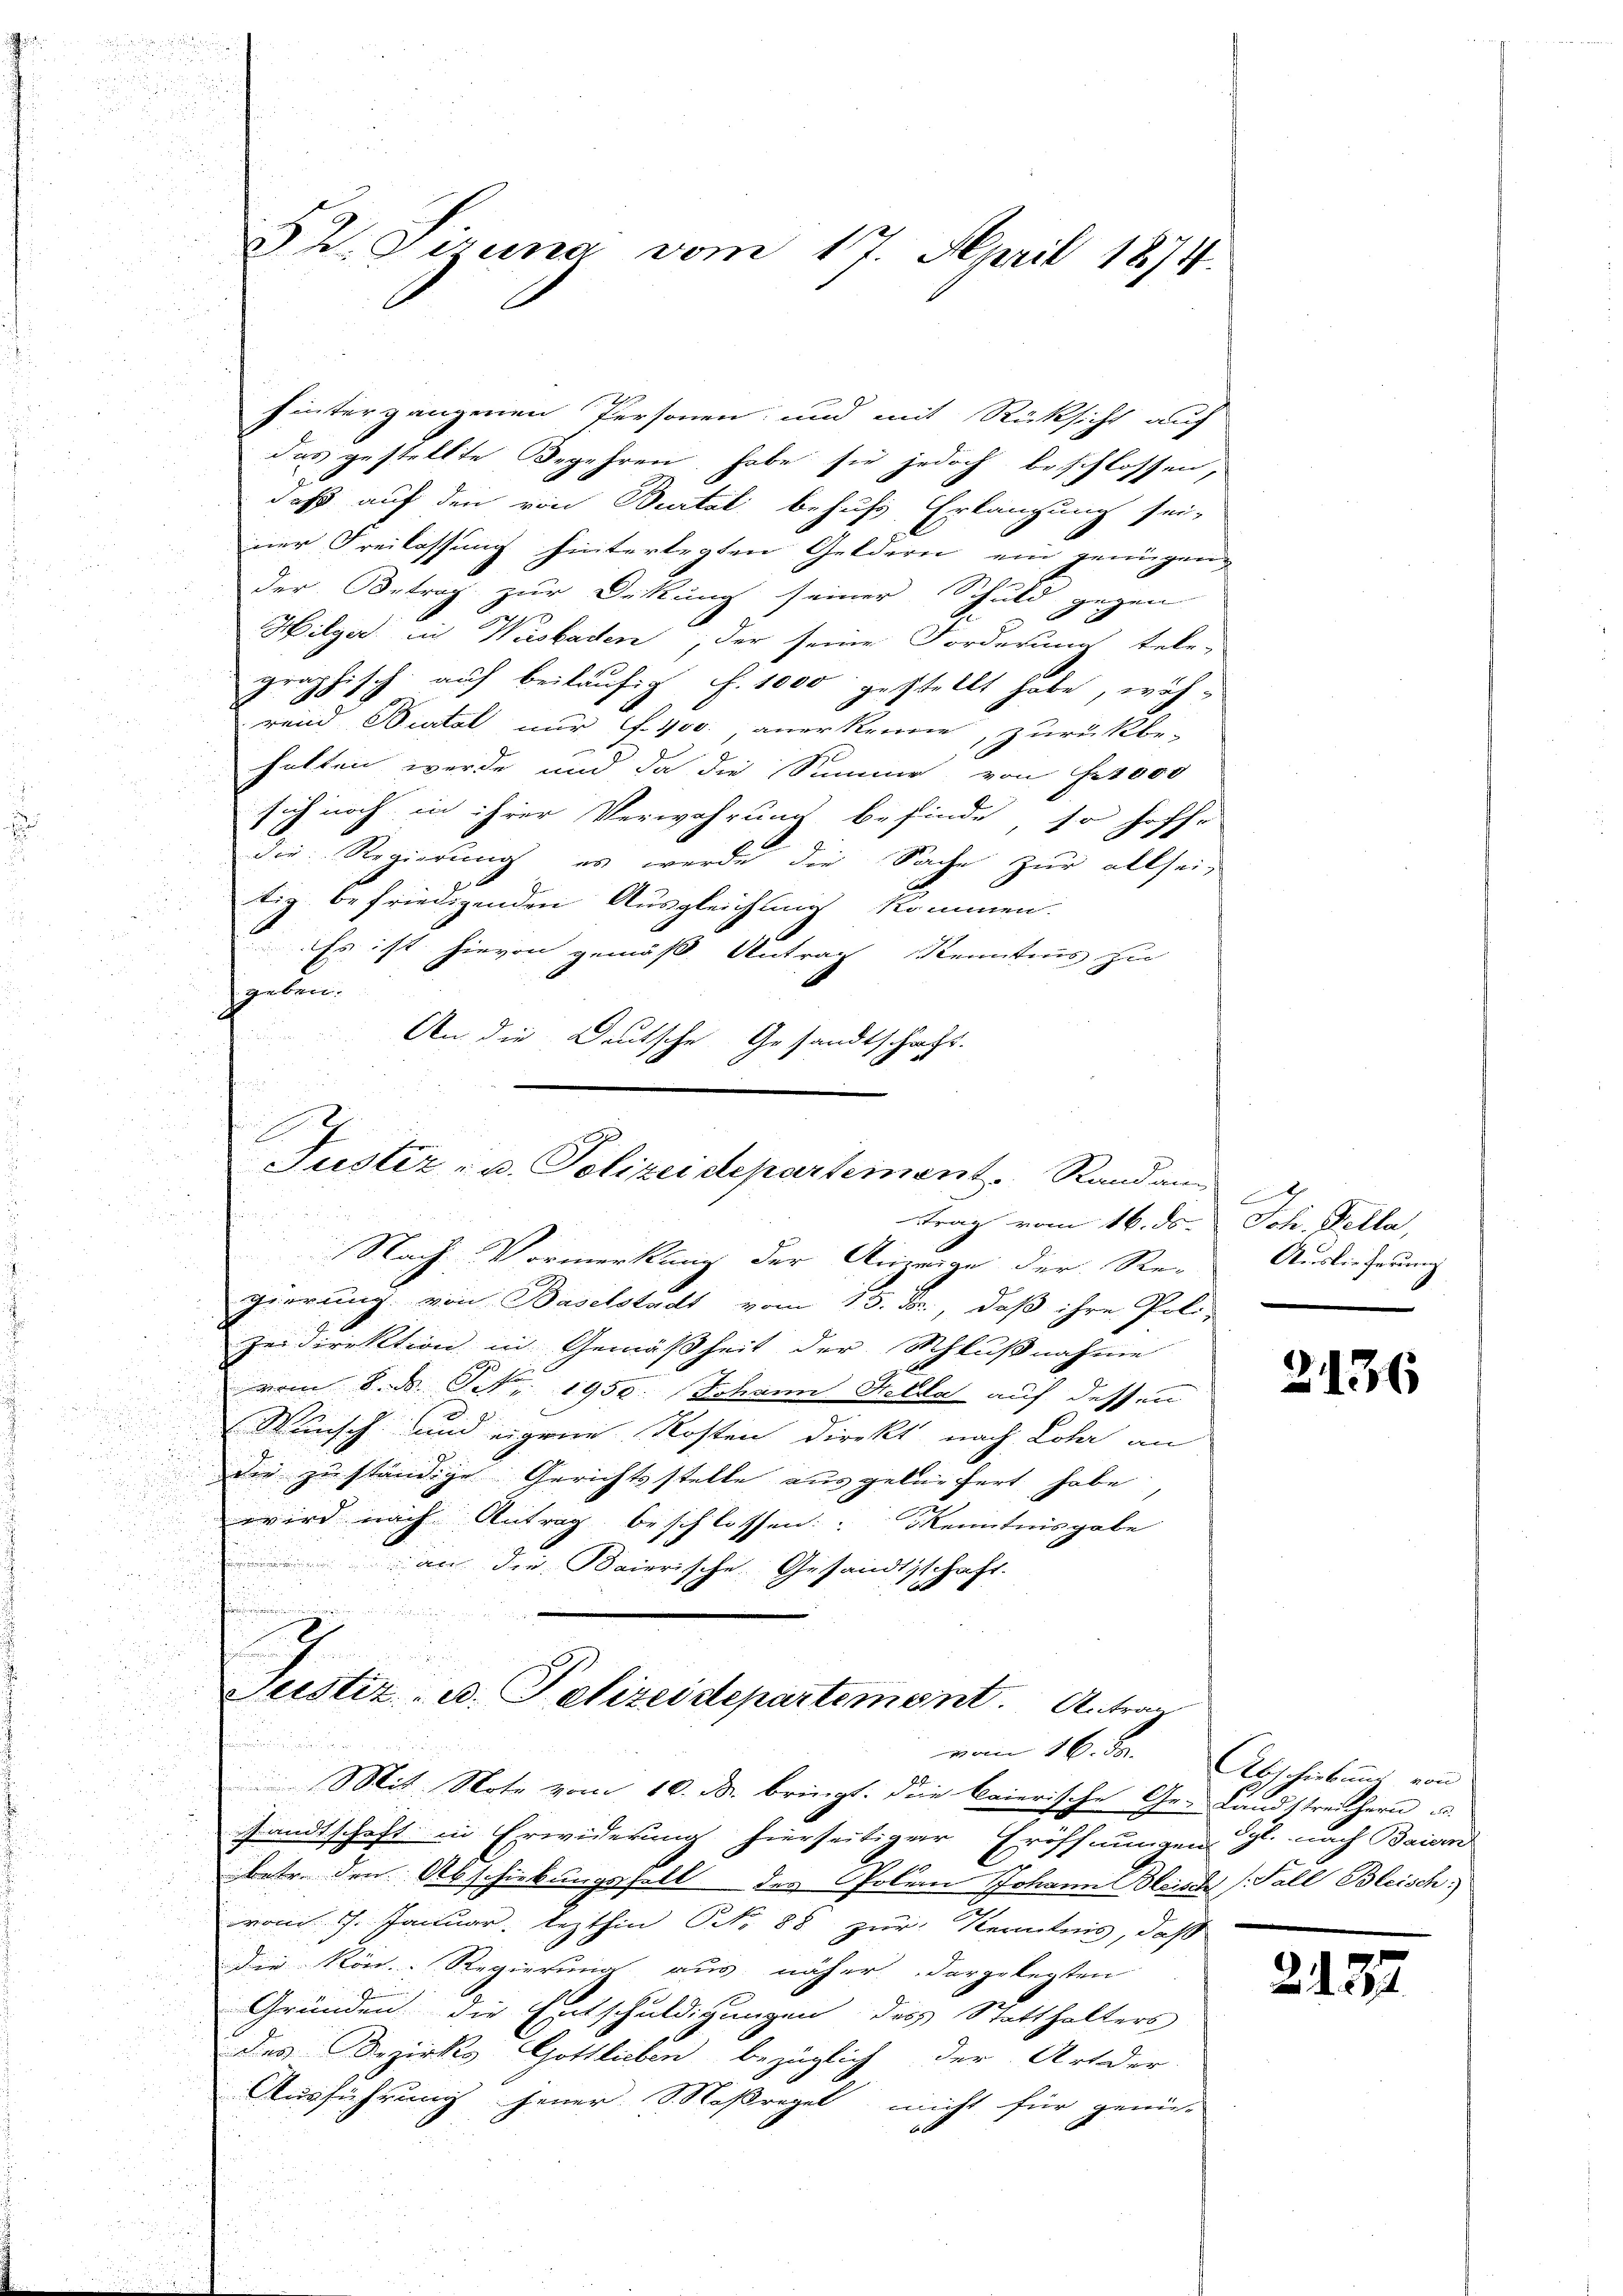
§. Girena vom 17. April 1874.

hintergangenen Personen, und mit Rücksicht auf
das gestellte Begehren habe sie jedoch beschlossen,
daß auf den von Burtal behufs Erlangung sei-
ner Freilassung hinterlegten Geldern ein genügen,
Der Betrag zur Deckung seiner Schuld gegen
Hilger in Wisbaden, der seine Forderung tele-
graphisch auf beiläufig f. 1000 gestellt habe, wäh¬
 und Bestal nur f. 400, anerkenne, zurückbe-
halten werde und da die Summe von fr 1000
sich noch in ihrer Verwahrung befinde, so hoffe
die Regierung, es wurde die Sache zur allsei-
tig befriedigenden Ausgleichnung kommen.
Es ist hievon gemäß Antrag Kenntnis zu
geben.
An die Deutsche Gesandtschaft.

.
Justiz- u. Polizeidepartement. Randam-
trag vom 16. ds. Joh. Kella,

vom 16. Se.

Nach Vormerkung der Anzeige der Re-
gierung von Baselstadt vom 15. Fr., daß ihre Poli-
zeidirektion in Gemäßheit der Schlußnahme
vom 8. ds. Nr. 1950.  Johann Hella auf dessen
d
Wunsch und eigene Kosten direkt nach Loher an
d

die zu ständige Gerichtsstelle ausgeliefert habe,

u
u
wird nach Antrag beschlossen: Kenntnisgabe
an die Baierische Gesandtschaft.
u
e
i
.
Justiz- u. Polizeidepartement. A. trau

A
Auslieferung

Mit Note vom 10. d. bringt. Die baierische Ge- Landstreichern u.
sandtschaft in Erwiderung hierseitiger Eröffnungen gl. nach Baiern
betr. den Abschiebungshalt des Polern Johann Bleich Fall Bleisch;
vom 7. Januar lezthin NNo. 88 zur Kenntnis, daß
die Non Regierung aus näher dargelegten
Gründen die Entschuldigungen des Statthalters
das Bezirks Gottlieben bezüglich der Art der
Ausführung jener Saßregel nicht für genü-
6 x

2136

Abschiebung von

2. 137